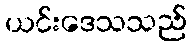
ယင်းဒေသသည်